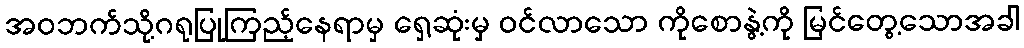
အဝဘက်သို့ဂရုပြုကြည့်နေရာမှ ရှေ့ဆုံးမှ ဝင်လာသော ကိုစောနွဲ့ကို မြင်တွေ့သောအခါ